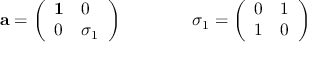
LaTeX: { \bf a } = \left( \begin{array} { l l } { { { \bf 1 } } } & { { 0 } } \\ { { 0 } } & { { \sigma _ { 1 } } } \end{array} \right) \qquad \qquad \sigma _ { 1 } = \left( \begin{array} { l l } { { 0 } } & { { 1 } } \\ { { 1 } } & { { 0 } } \end{array} \right)